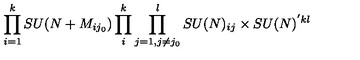
\prod _ { i = 1 } ^ { k } S U ( N + M _ { i j _ { 0 } } ) \prod _ { i } ^ { k } \prod _ { j = 1 , j \ne j _ { 0 } } ^ { l } S U ( N ) _ { i j } \times S U ( N ) ^ { ' k l }